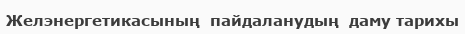
Желэнергетикасының  пайдаланудың  даму тарихы